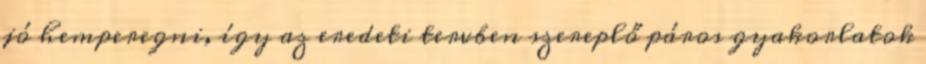
jó hemperegni, így az eredeti tervben szereplő páros gyakorlatok